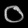
Digit: ၀